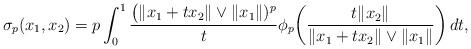
LaTeX: \begin{align*} \sigma_p(x_1, x_2) = p\int_0^1 \frac{\big(\|x_1+tx_2\|\vee \|x_1\|)^p}{t}\phi_p\bigg(\frac{t\|x_2\|}{\|x_1+tx_2\|\vee \|x_1\|}\bigg)\, dt,\end{align*}